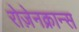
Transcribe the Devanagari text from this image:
रोज़ेनक्रान्स